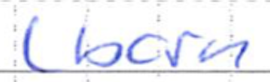
Text: (born
Cross-out: clean
Writing tool: ballpoint